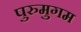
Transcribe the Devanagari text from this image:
पुरुमुगम